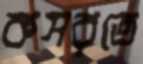
কসরতে